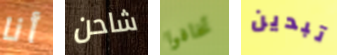
أنا شاحن تخافوا تبدين